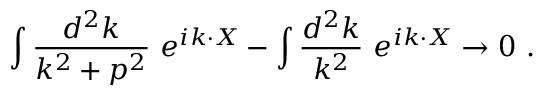
\int { \frac { d ^ { 2 } k } { k ^ { 2 } + p ^ { 2 } } } ~ e ^ { i k \cdot X } - \int { \frac { d ^ { 2 } k } { k ^ { 2 } } } ~ e ^ { i k \cdot X } \rightarrow 0 ~ .